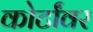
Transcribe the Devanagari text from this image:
कोर्टांवर